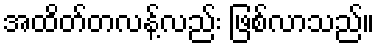
အထိတ်တလန့်လည်း ဖြစ်လာသည်။